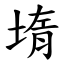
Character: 堶